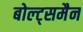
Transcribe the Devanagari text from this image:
बोल्ट्समैन